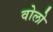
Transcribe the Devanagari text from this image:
वोलो